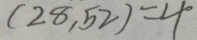
( 2 8 , 5 2 ) = 4